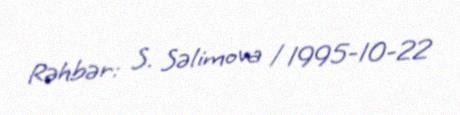
Rəhbər: S. Səlimova / 1995-10-22